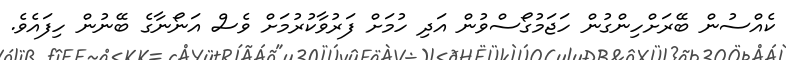
ކެއްސުން ބޭރަށްހިންގުން ހަޖަމުގޯސްވުން އަދި ހުމަށް ފަރުވާކުރުމަށް ވެސް އަނޯނާގެ ބޭނުން ހިފައެވެ.